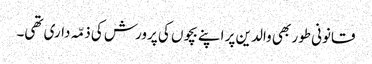
قانونی طور بھی والدین پر اپنے بچوں کی پرورش کی ذمّہ داری تھی۔